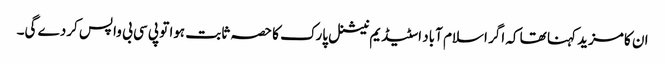
ان کا مزید کہنا تھا کہ اگر اسلام آباد اسٹیڈیم نیشنل پارک کا حصہ ثابت ہوا تو پی سی بی واپس کردے گی۔